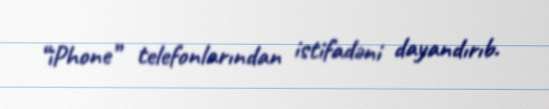
“iPhone” telefonlarından istifadəni dayandırıb.